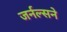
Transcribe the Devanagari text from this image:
जर्नल्सने